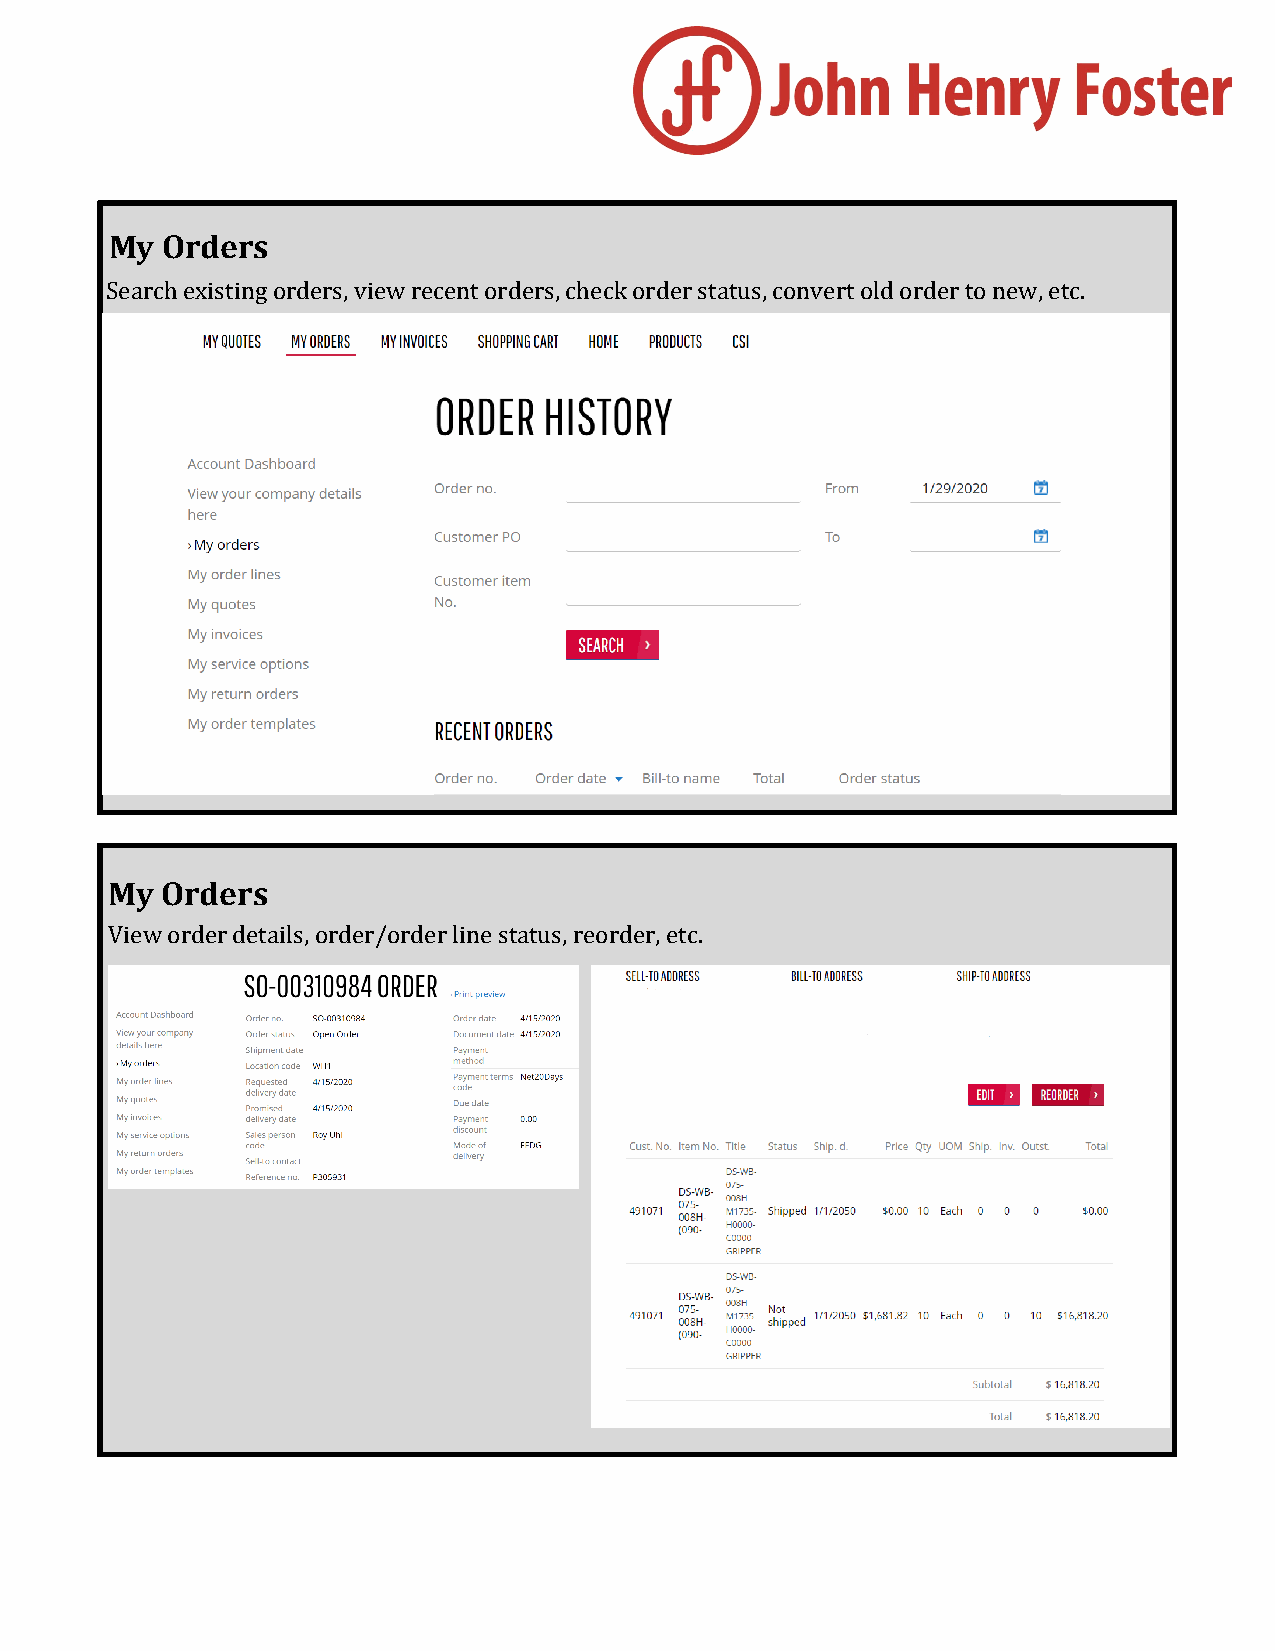
My  Orders
 Search existing orders, view recent orders, check order status, convert old order to new, etc.
 My  Orders
 View order details, order/order line status, reorder, etc.